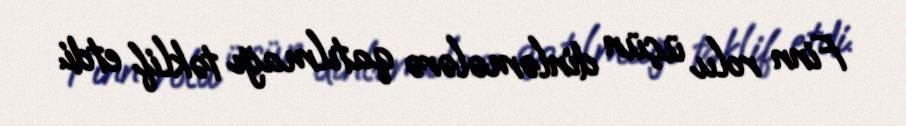
Finn rolu üçün dinləmələrə qatılmağı təklif etdi.